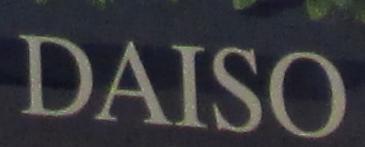
daiso